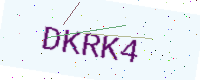
Text: DKRK4